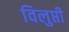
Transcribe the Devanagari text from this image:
विलुप्ती